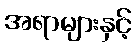
အရာများနှင့်